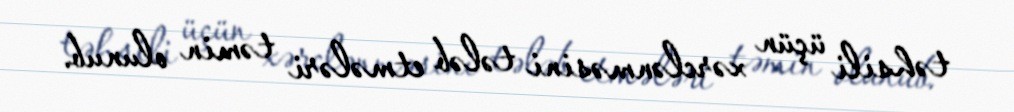
təhsili üçün xərclənməsini tələb etmələri təmin olunub.